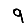
Digit: 9